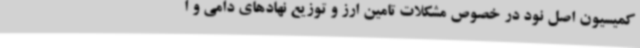
کمیسیون اصل نود در خصوص مشکلات تامین ارز و توزیع نهادهای دامی و ا